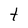
Character: t